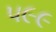
૫૯૯